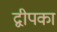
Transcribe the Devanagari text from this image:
द्वीपका